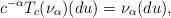
LaTeX: \begin{align*}c^{-\alpha}T_c(\nu_\alpha)(du)=\nu_\alpha(du),\end{align*}